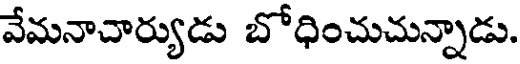
వేమనాచార్యుడు బోధించుచున్నాడు.